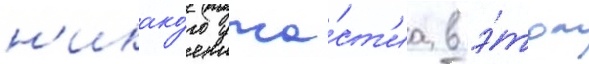
н'икако́го уча́ст'иа в э́том